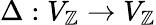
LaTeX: \Delta:V_{\mathbb{Z}}\to V_{\mathbb{Z}}